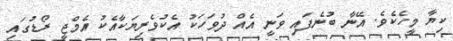
ކިޔާ މީހެކެވެ. އޭނާ ބުނެފައި ވަނީ އެއް ދުވަހަކު އެކުވެރިޔަކާއެކު އެމްޖީ ރޯޑުގައި